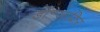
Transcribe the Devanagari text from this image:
डॉ॰जाकिर